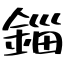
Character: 錙